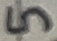
Text: 5